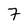
Character: 7